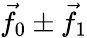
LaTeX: {\vec{f}}_{0}\pm{\vec{f}}_{1}